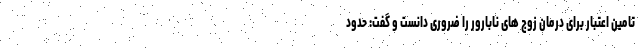
تامین اعتبار برای درمان زوج های نابارور را ضروری دانست و گفت: حدود